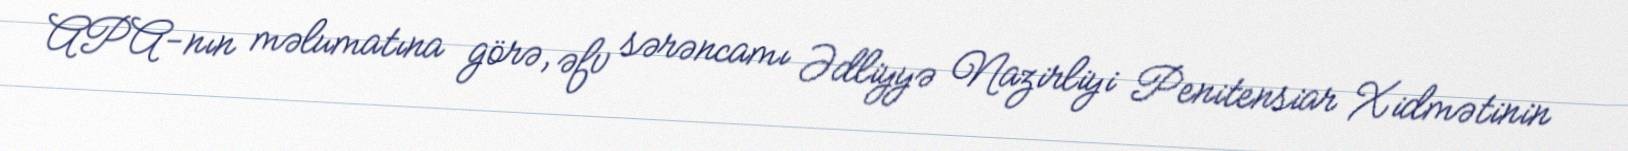
APA-nın məlumatına görə, əfv sərəncamı Ədliyyə Nazirliyi Penitensiar Xidmətinin